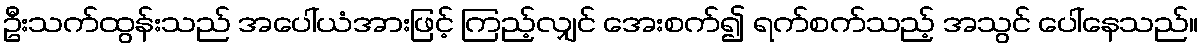
ဦးသက်ထွန်းသည် အပေါ်ယံအားဖြင့် ကြည့်လျှင် အေးစက်၍ ရက်စက်သည့် အသွင် ပေါ်နေသည်။